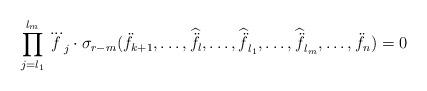
LaTeX: \begin{align*}\prod_{j=l_1}^{l_{m}}\dddot{f}_j\cdot\sigma_{r-m}(\ddot{f}_{k+1},\ldots,\widehat{\ddot{f}_l},\ldots,\widehat{\ddot{f}}_{l_1},\ldots,\widehat{\ddot{f}}_{l_{m}},\ldots,\ddot{f}_n)=0\end{align*}